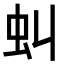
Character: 虯